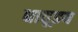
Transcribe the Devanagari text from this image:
धातूइय